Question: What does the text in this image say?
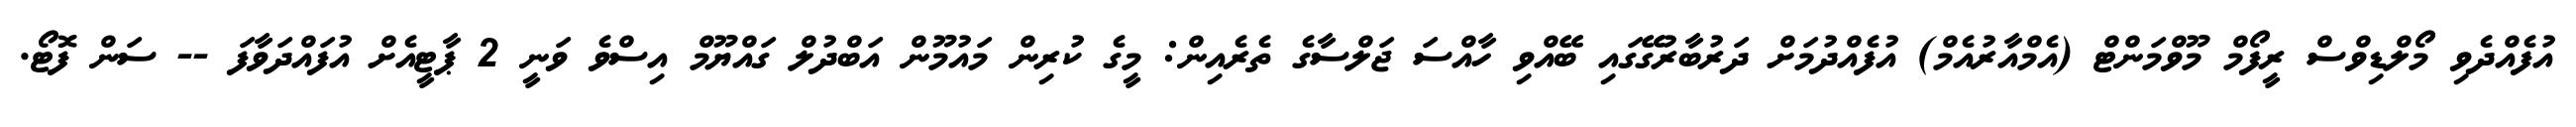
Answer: އުފެއްދެވި މޯލްޑިވްސް ރީފޯމް މޫވްމަންޓް (އެމްއާރުއެމް) އުފެއްދުމަށް ދަރުބާރުގޭގައި ބޭއްވި ހާއްސަ ޖަލްސާގެ ތެރެއިން: މީގެ ކުރިން މައުމޫން އަބްދުލް ގައްޔޫމް އިސްވެ ވަނީ 2 ޕާޓީއެށް އުފައްދަވާފަ -- ސަން ފޮޓޯ.